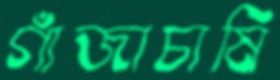
গাঁজাচাষি